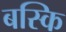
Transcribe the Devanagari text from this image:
बस्कि